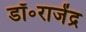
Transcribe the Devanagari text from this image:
डॉ॰राजेंद्र